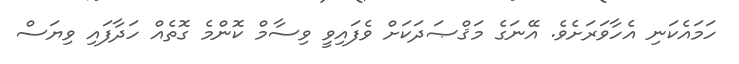
ހަމައެކަނި އެހާވަރަށެވެ. އޭނަގެ މަޤްޞަދަކަށް ވެފައިވީ ވިސާމް ކޮންމެ ގޮތެއް ހަދާފައި ވިޔަސް